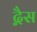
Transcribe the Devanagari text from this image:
द्गैस